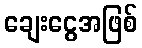
ချေးငွေအဖြစ်